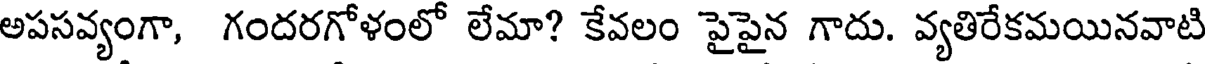
అపసవ్యంగా, గందరగోళంలో లేమా? కేవలం పైపైన గాదు. వ్యతిరేకమయినవాటి